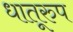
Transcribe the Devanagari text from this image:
धातूरुप